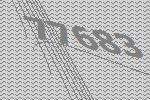
77683